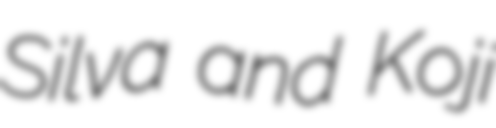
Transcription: Silva and Koji